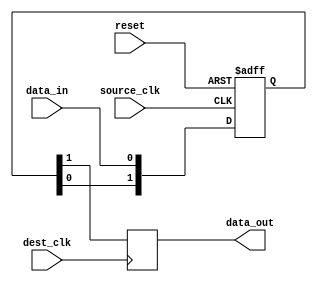
module synchronizer(input wire source_clk, input wire dest_clk, input wire reset, input wire data_in, output reg data_out);

reg [1:0] source_sync;
reg dest_sync;

always @(posedge source_clk or posedge reset) begin
    if (reset) begin
        source_sync <= 2'b00;
    end else begin
        source_sync <= {source_sync[0], data_in};
    end
end

always @(posedge dest_clk) begin
    dest_sync <= source_sync[1];
end

assign data_out = dest_sync;

endmodule